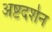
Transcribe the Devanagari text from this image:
अष्टदर्शन